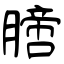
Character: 膪